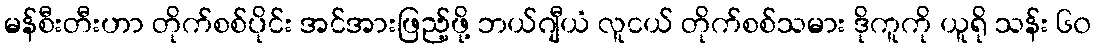
မန်စီးတီးဟာ တိုက်စစ်ပိုင်း အင်အားဖြည့်ဖို့ ဘယ်ဂျီယံ လူငယ် တိုက်စစ်သမား ဒိုကူကို ယူရို သန်း ၆၀